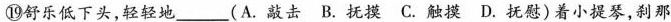
⑩舒乐低下头，轻轻地___(A. 敲击 B. 抚摸 C. 触摸 D. 抚慰) 着小提琴，刹那